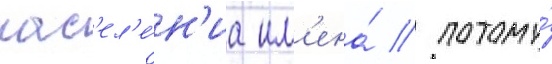
нас'ел'е́н'иа им'ена́ / потому́